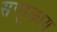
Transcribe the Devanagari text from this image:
सप्युकाय